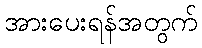
အားပေးရန်အတွက်